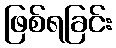
ဖြစ်ရခြင်း